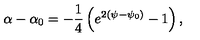
\alpha - \alpha _ { 0 } = - \frac { 1 } { 4 } \left( e ^ { 2 ( \psi - \psi _ { 0 } ) } - 1 \right) ,